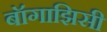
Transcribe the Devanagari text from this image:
बॉगाझिसी